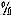
%